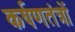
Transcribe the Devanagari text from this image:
कर्षणतंत्रों